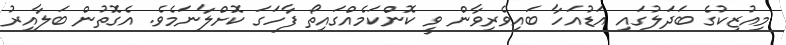
މިއުޒިކުގެ ބަދަލުގައި އަޑުއަހާ ބައިވެރިވާން ވީ ކޮންކަމެއްގައިތޯ ފާހަގަ ކޮށްލާނަމެވެ. އެގޮތުން ބަލާއިރު